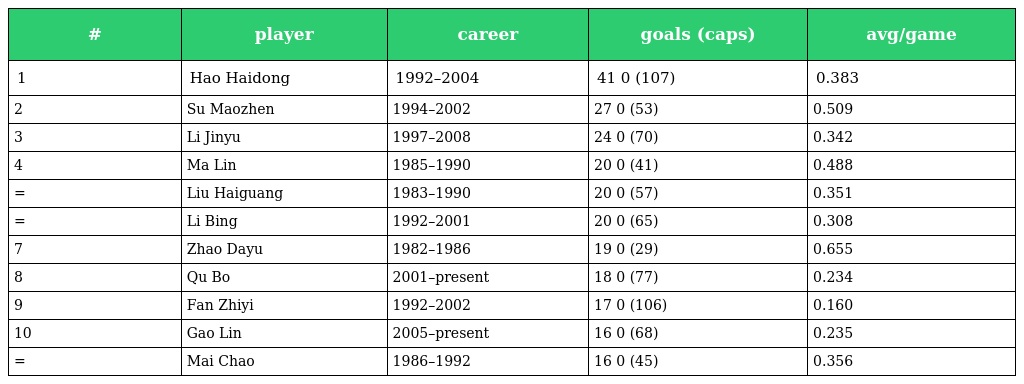
| # | player | career | goals (caps) | avg/game |
 | --- | --- | --- | --- | --- |
 | 1 | Hao Haidong | 1992–2004 | 41 0 (107) | 0.383 |
 | 2 | Su Maozhen | 1994–2002 | 27 0 (53) | 0.509 |
 | 3 | Li Jinyu | 1997–2008 | 24 0 (70) | 0.342 |
 | 4 | Ma Lin | 1985–1990 | 20 0 (41) | 0.488 |
 | = | Liu Haiguang | 1983–1990 | 20 0 (57) | 0.351 |
 | = | Li Bing | 1992–2001 | 20 0 (65) | 0.308 |
 | 7 | Zhao Dayu | 1982–1986 | 19 0 (29) | 0.655 |
 | 8 | Qu Bo | 2001–present | 18 0 (77) | 0.234 |
 | 9 | Fan Zhiyi | 1992–2002 | 17 0 (106) | 0.160 |
 | 10 | Gao Lin | 2005–present | 16 0 (68) | 0.235 |
 | = | Mai Chao | 1986–1992 | 16 0 (45) | 0.356 |